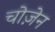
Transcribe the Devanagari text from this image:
चोज़ेन